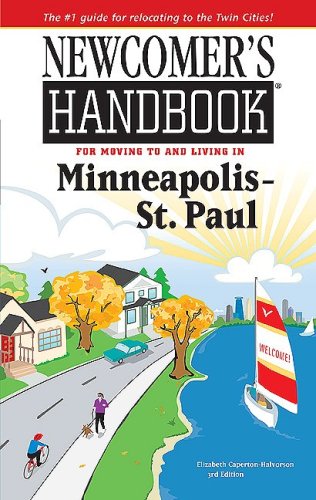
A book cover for Newcomer's Handbook for Moving to and Living in Minneapolis - St. Paul (Newcomer's Handbooks); Elizabeth Caperton-Halvorson; Travel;